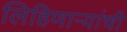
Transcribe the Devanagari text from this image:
लिहिणाऱ्यांची